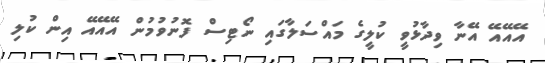
އޭއޭއޭ އޭނާ ވިދާޅުވީ ކުލީގެ މައްސަލާގައި ނޯޓިސް ފޮނުވުމުން އޭއޭއޭ އިން ކުލި